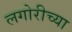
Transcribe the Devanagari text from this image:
लगोरीच्या